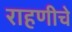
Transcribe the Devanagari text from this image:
राहणीचे